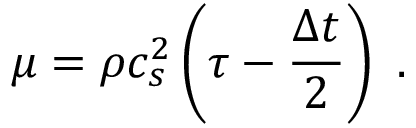
\mu = \rho c _ { s } ^ { 2 } \left( \tau - \frac { \Delta t } { 2 } \right) \ .